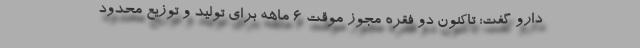
دارو گفت: تاکنون دو فقره مجوز موقت ۶ ماهه برای تولید و توزیع محدود